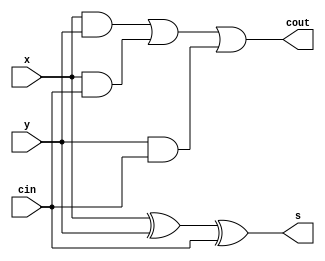
module full_adder_19 (
    input x,
    input y,
    input cin,
    output reg s,
    output reg cout
  );
  
  
  
  reg i;
  reg j;
  reg k;
  
  always @* begin
    s = x ^ y ^ cin;
    i = x & y;
    j = x & cin;
    k = y & cin;
    cout = i | j | k;
  end
endmodule